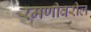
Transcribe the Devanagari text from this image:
रमणीवरील